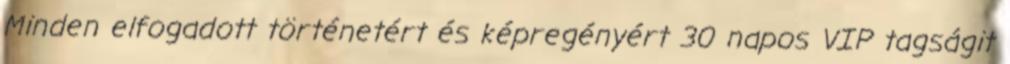
Minden elfogadott történetért és képregényért 30 napos VIP tagságit